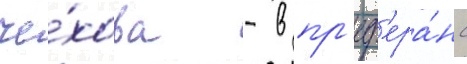
че́хова - в пр'еф'ера́нс